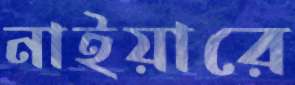
নাইয়ারে